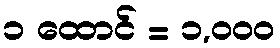
၁ ထောင် = ၁,၀၀၀